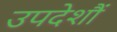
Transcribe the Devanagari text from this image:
उपदेशौं